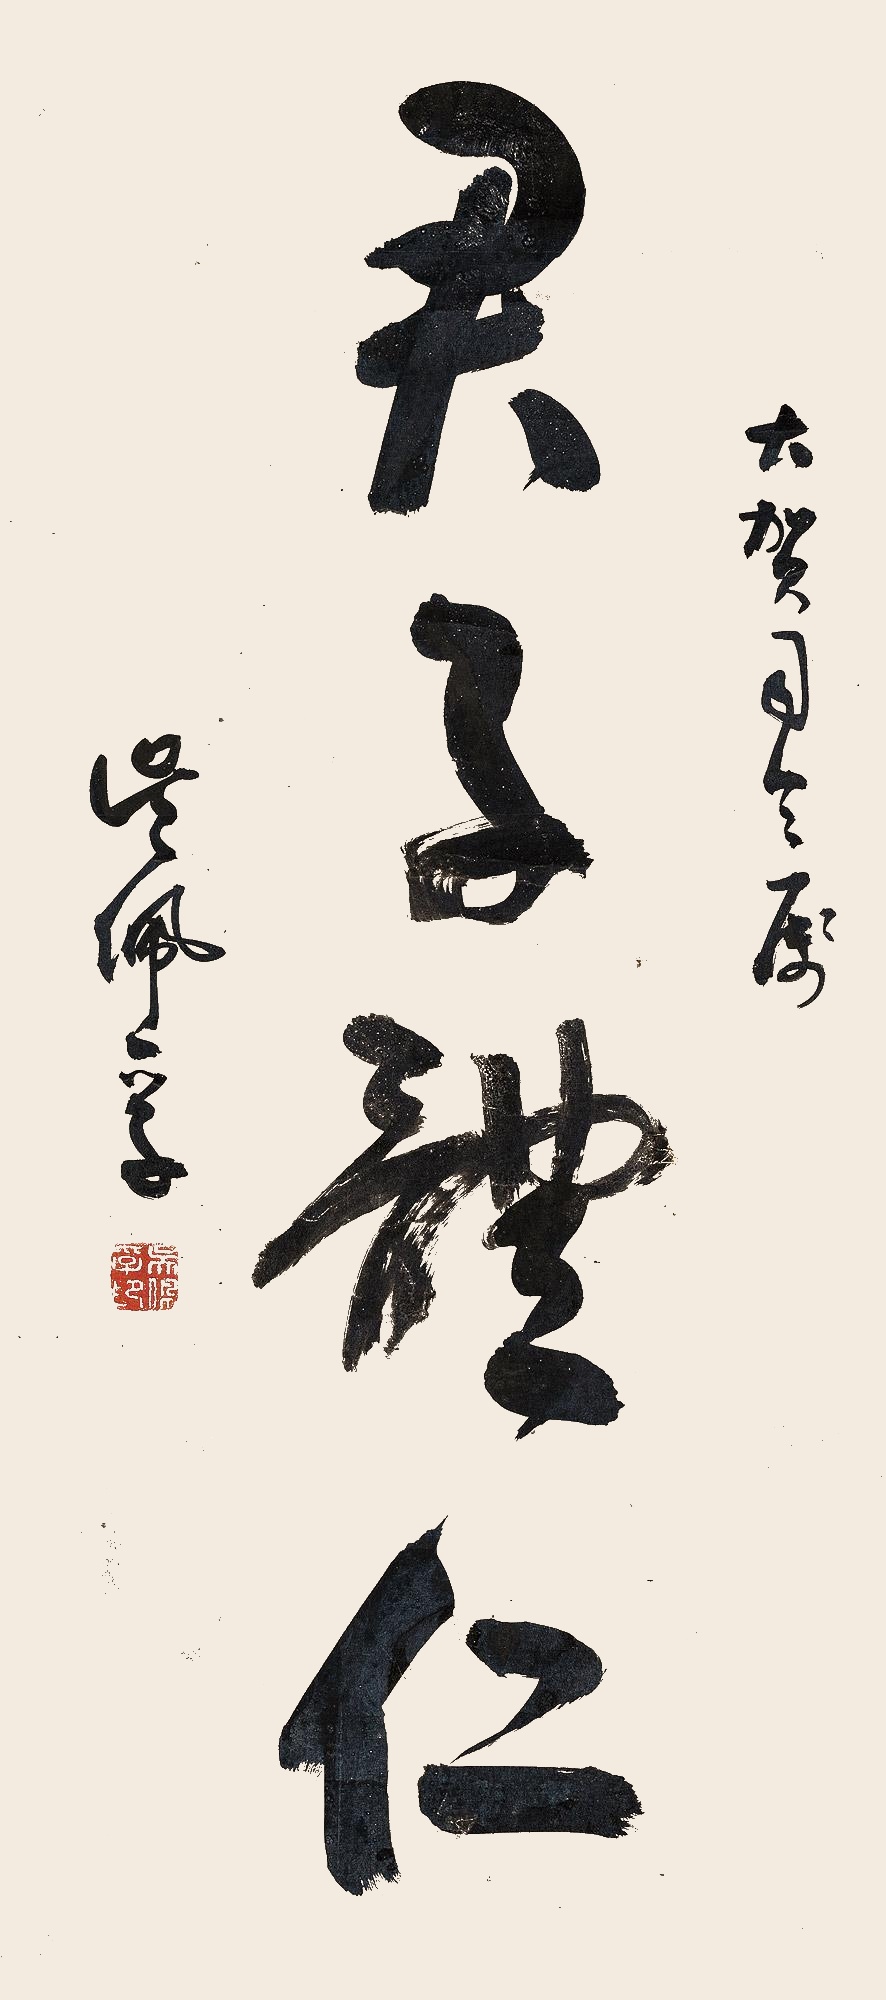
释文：君子体仁大贺司令属。吴佩孚。